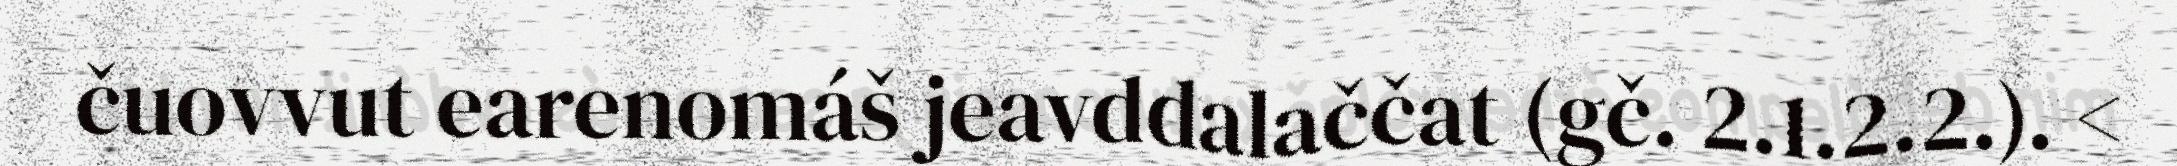
čuovvut earenomáš jeavddalaččat (gč. 2.1.2.2.). <